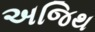
અજિથ